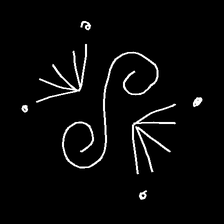
Glyph: aeroform